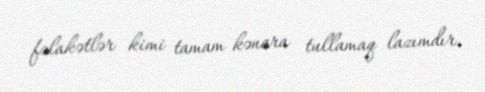
fəlakətlər kimi tamam kənara tullamaq lazımdır.